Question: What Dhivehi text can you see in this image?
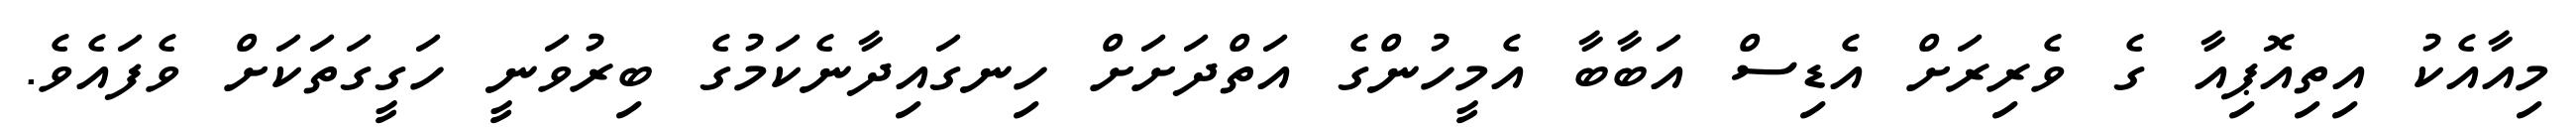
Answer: މިއާއެކު އިތިއޮޕިއާ ގެ ވެރިރަށް އެޑިސް އަބާބާ އެމީހުންގެ އަތްދަށަށް ހިނގައިދާނެކަމުގެ ބިރުވަނީ ހަގީގަތަކަށް ވެފައެވެ.